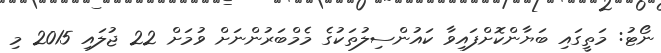
ނޯޓު: މަތީގައި ބަޔާންކޮށްފައިވާ ކައުންސިލުތަކުގެ މެމްބަރުންނަށް ވުމަށް 22 ޖުލައި 2015 މި